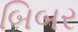
બિબર